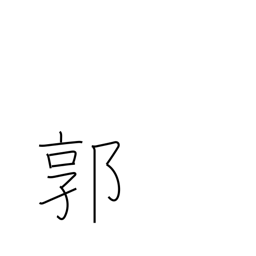
Meaning: red-light district